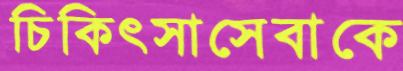
চিকিৎসাসেবাকে